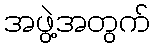
အဖွဲ့အတွက်